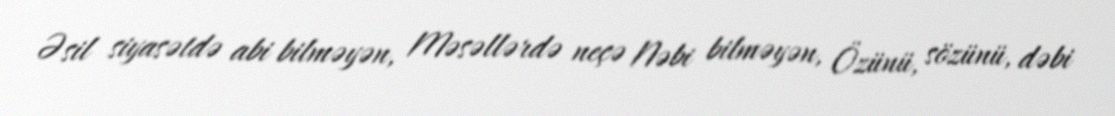
Əsil siyasətdə abi bilməyən, Məsəllərdə neçə Nəbi bilməyən, Özünü, sözünü, dəbi